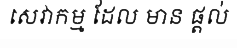
សេវាកម្ម ដែល មាន ផ្តល់